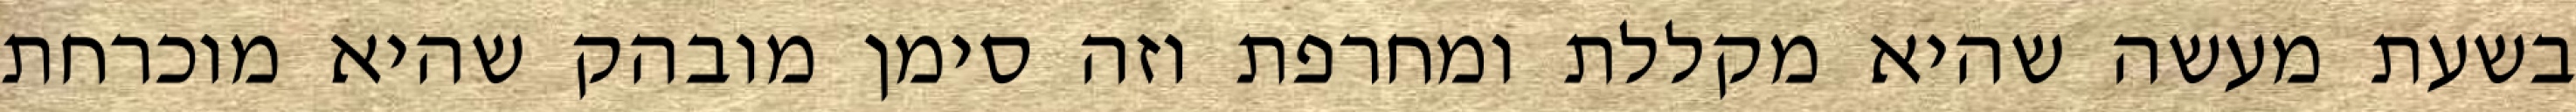
בשעת מעשה שהיא מקללת ומחרפת וזה סימן מובהק שהיא מוכרחת